Vaccination in the Punjab 1905-1918 - 1905-1918
Year: 1905
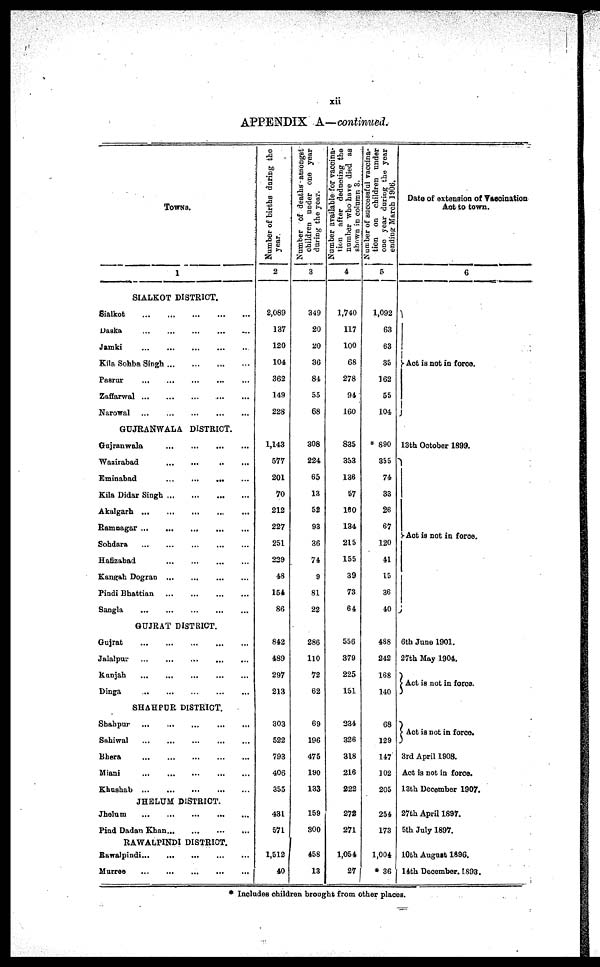
xii
APPENDIX A—continued.
TOWNS.
1
SIALKOT DISTRICT.
Sialkot
... ... ... ... ...
Daska
... ... ... ... ...
Jamki... ... ... ... ...
Kila Sohba Singh... ... ... ...
Pasrur
... ... ... ... ...
Zaffarwal... ... ... ... ...
Narowal
... ... ... ... ...
GUJRANWALA DISTRICT.
Gujranwala
... ... ... ...
Wazirabad
... ... ... ...
Eminabad
... ... ... ...
Kila Didar Singh... ... ... ...
Akalgarh
...
...
...
...
...
Ramnagar
...
...
...
...
...
Sohdara
...
... ... ... ...
Hafizabad
... ... ... ...
Kangah Dogran ... ... ... ...
Pindi Bhattian
... ... ... ...
Sangla
... ... ... ... ...
GUJRAT DISTRICT.
Gujrat
... ... ... ... ...
Jalalpur ... ... ... ... ...
Kunjah
... ... ... ... ...
Dinga
...
... ... ... ...
SHAHPUR DISTRICT.
Shahpur
...
... ... ... ...
Sahiwal
... ... ... ... ...
Bhera
... ... ... ... ...
Miani
... ... ... ... ...
Khushah
...
...
...
...
...
JHELUM DISTRICT.
Jhelum
... ... ... ... ...
Pind Dadan Khan ...
...
...
...
RAWALPINDI DISTRICT.
Rawalpindi ...
...
...
...
...
Murree
... ... ... ... ...
Number of births during the
year
2
2,089
137
120
104
362
149
228
1,143
577
201
70
212
227
251
229
48
154
86
842
489
297
213
303
522
793
406
355
431
571
1,512
40
Number of deaths amongst
children under one year
1 during the year.
3
349
20
20
36
84
55
68
308
224
65
13
52
93
36
74
9
81
22
286
110
72
62
69
196
475
190
133
159
300
458
13
Number available for vaccina-
tion after deducting the
number who have died as
Shown in column 3.
4
1,740
117
100
68
278
94
160
835
353
136
57
160
134
215
155
39
73
64
556
379
225
151
234
326
318
216
222
272
271
1,054
27
Number of successful vaccina-
tion on children under
one year during the year
ending March 1906.
5
1,092
63
63
35
162
55
104
* 890
355
74
33
26
67
120
41
15
36
40
488
242
168
140
68
129
147
102
205
254
173
1,004
* 36
Date of extension of Vaccination
Act to town.
6
Act is not in force.
13th October 1899.
Act is not in force.
6th June 1901.
27th May 1904.
Act is not in force.
Act is not in force.
3rd April 1908.
Act is not in force.
13th December 1907.
27th April 1897.
5th July 1897.
10th August 1896.
14th December 1893.
Includes children brought from other places.